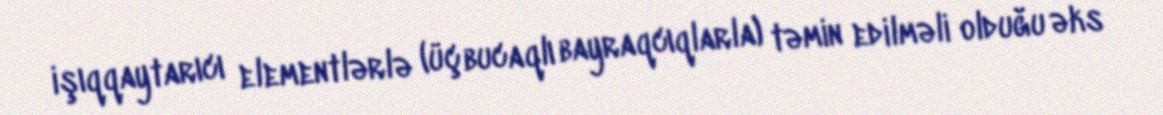
işıqqaytarıcı elementlərlə (üçbucaqlı bayraqcıqlarla) təmin edilməli olduğu əks